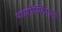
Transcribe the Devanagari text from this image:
फल्लोव्फिएल्द्